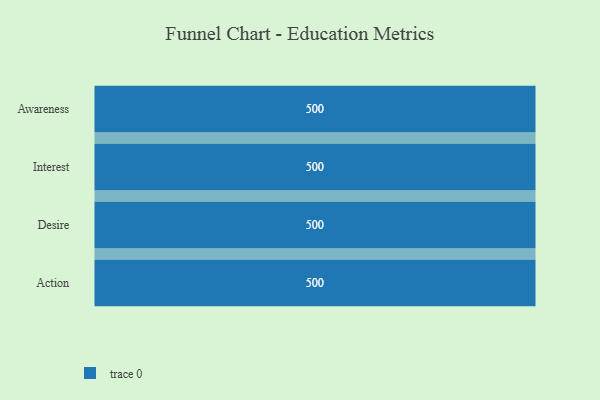
{"axis": {"x": "Stage", "y": "Value"}, "legend": [""], "data": [{"x": "Awareness", "y": 500, "type": ""}, {"x": "Interest", "y": 500, "type": ""}, {"x": "Desire", "y": 500, "type": ""}, {"x": "Action", "y": 500, "type": ""}]}